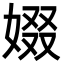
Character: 娺